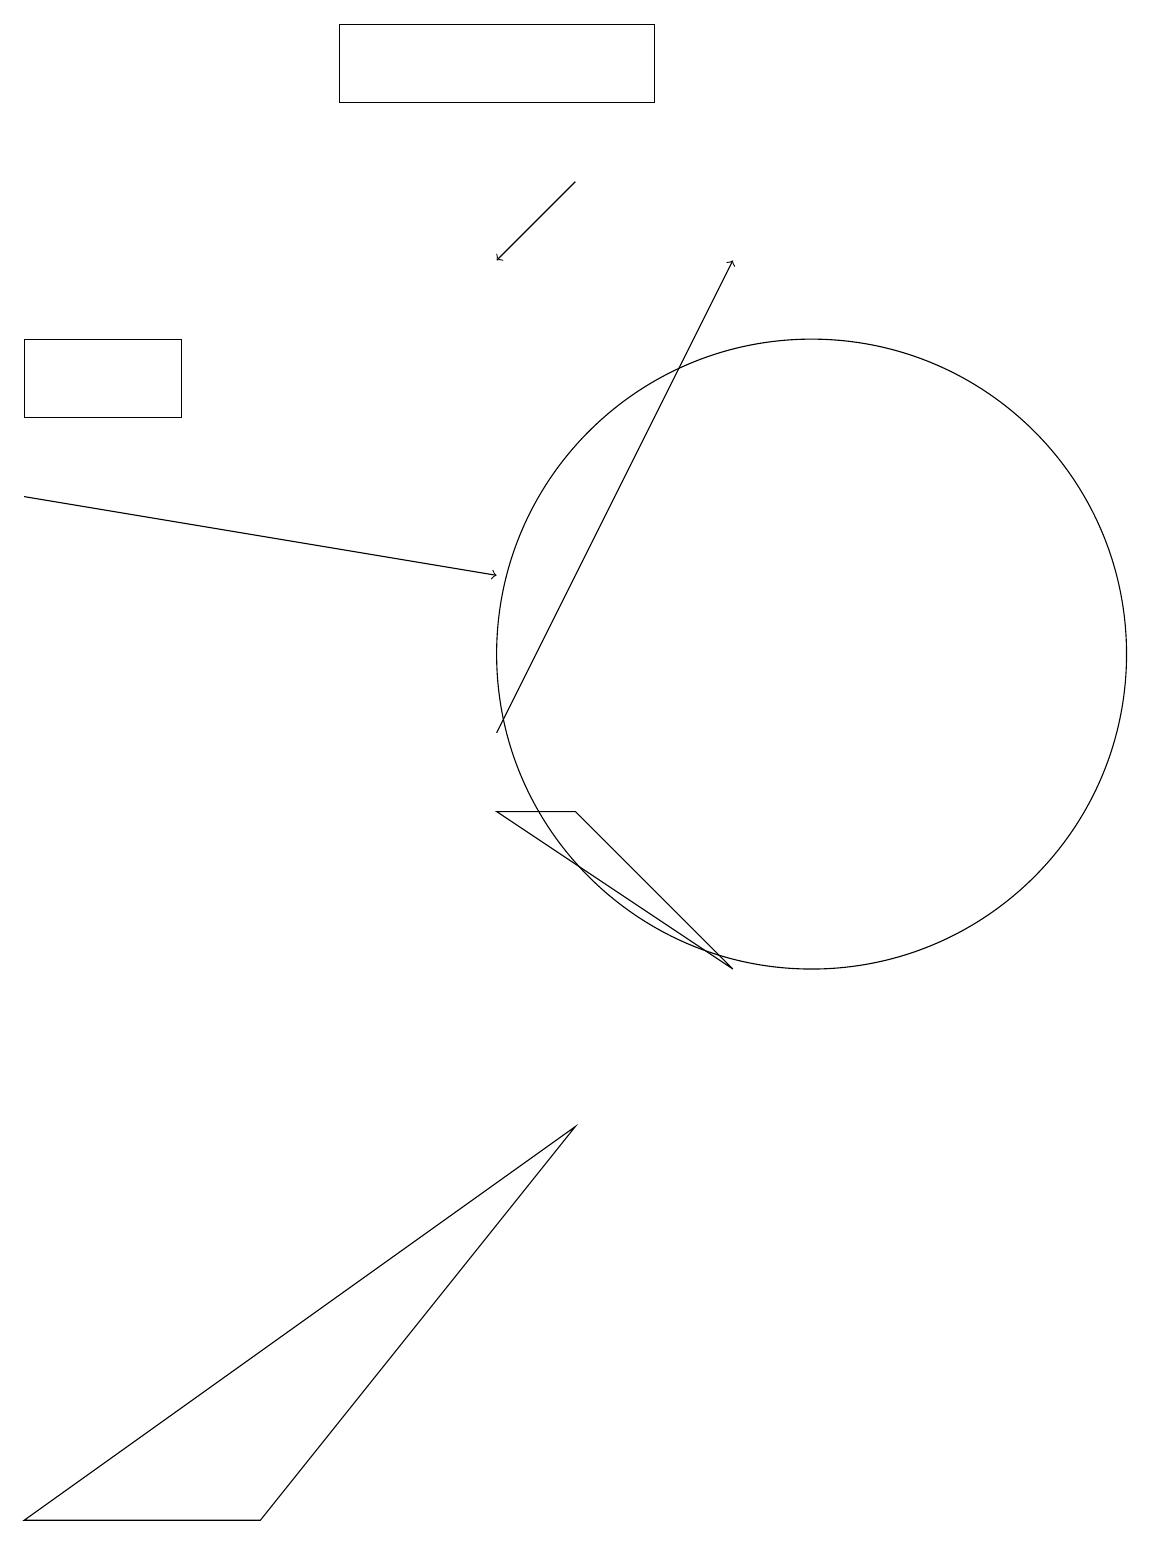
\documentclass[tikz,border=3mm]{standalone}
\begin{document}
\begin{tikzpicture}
\draw (2,15) rectangle (0,14);
\draw[->] (0,13) -- (6,12);
\draw (3,0) -- (7,5) -- (0,0) -- cycle;
\draw (10,11) circle (4);
\draw[->] (6,10) -- (9,16);
\draw (6,9) -- (9,7) -- (7,9) -- cycle;
\draw (4,19) rectangle (8,18);
\draw[->] (7,17) -- (6,16);
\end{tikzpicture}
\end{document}